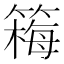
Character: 𫂚